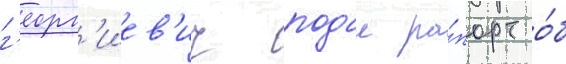
г'еорг'иев'ич подал ра́порт о́б